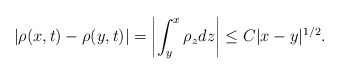
\begin{align*}|\rho(x,t)-\rho(y,t)|=\left|\int_y^x\rho_zdz\right|\leq C|x-y|^{1/2}.\end{align*}